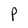
Character: P